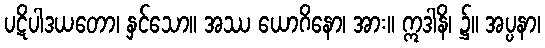
ပဋိပါဒယတော၊ နှင်သော။ အဿ ယောဂိနော၊ အား။ ဣဒါနိ၊ ၌။ အပ္ပနာ၊